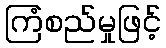
ကြံစည်မှုဖြင့်